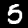
Digit: 5